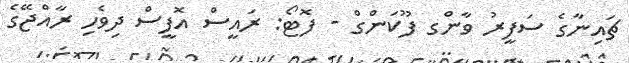
ޗައިނާގެ ސަފީރު ވާންގ ފޫކަންގް - ފޮޓޯ: ރައީސް އޮފީސް ދިވެހި ރާއްޖޭގެ